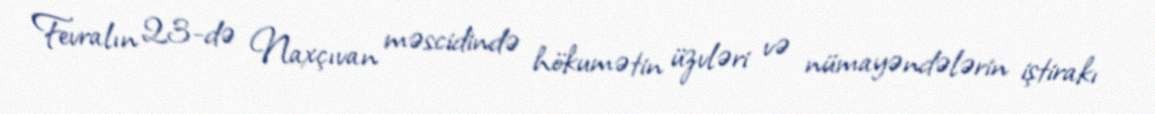
Fevralın 23-də Naxçıvan məscidində hökumətin üzvləri və nümayəndələrin iştirakı